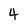
Character: 4